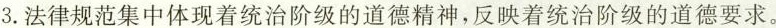
3.法律规范集中体现着统治阶级的道德精神，反映着统治阶级的道德要求。